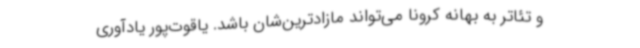
و تئاتر به بهانه کرونا می‌تواند مازادترین‌شان باشد. یاقوت‌پور یادآوری